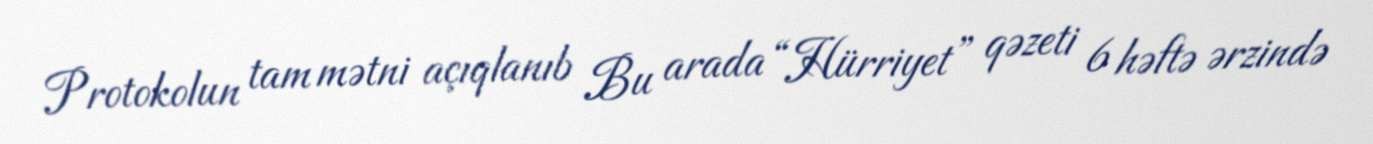
Protokolun tam mətni açıqlanıb Bu arada “Hürriyet” qəzeti 6 həftə ərzində